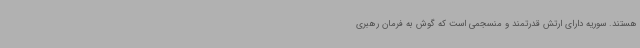
هستند. سوریه دارای ارتش قدرتمند و منسجمی است که گوش به فرمان رهبری